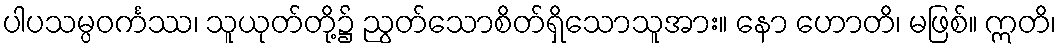
ပါပသမ္ပဝင်္ကဿ၊ သူယုတ်တို့၌ ညွတ်သောစိတ်ရှိသောသူအား။ နော ဟောတိ၊ မဖြစ်။ ဣတိ၊